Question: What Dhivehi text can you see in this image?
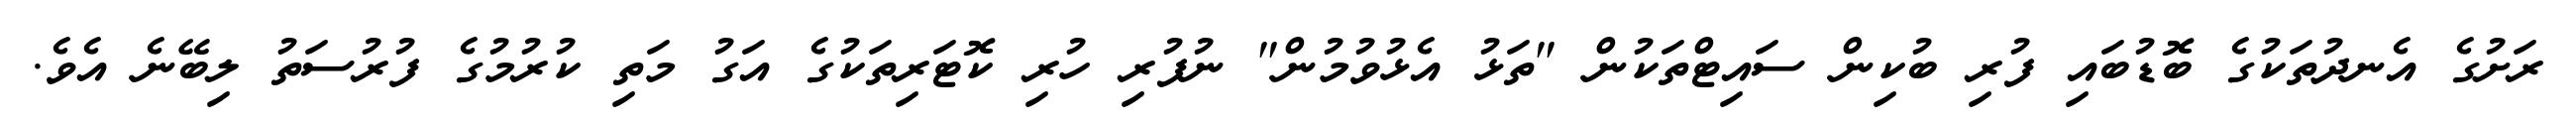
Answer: ރަށުގެ އެނދުތަކުގެ ބޮޑުބައި ފުރި ބުކިން ސައިޓްތަކުން "ތަޅު އެޅުވުމުން" ނުފުރި ހުރި ކޮޓަރިތަކުގެ އަގު މަތި ކުރުމުގެ ފުރުސަތު ލިބޭނެ އެވެ.